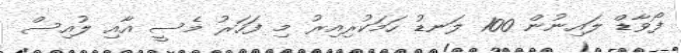
ފޯވާޑް ލައިނުން 100 ލަަނޑު ހަމަކުރިއިރު މި ފަހަރު މެސީ އާއި ލުއިސް